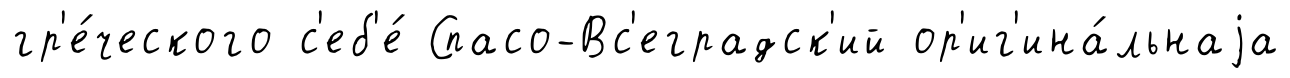
гр'е́ческого с'еб'е́ Спасо-Вс'еградск'ий ор'иг'ина́льнаjа